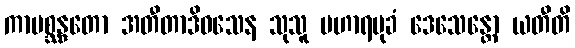
ကာမစ္ဆန္ဒတော အတီတာဒိဝသေန သုသူ ပဟာရမုခံ ဒေသေန္တော ယတီတိ